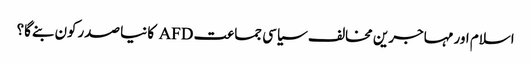
اسلام اور مہاجرین مخالف سیاسی جماعت AFD کا نیا صدرکون بنےگا؟